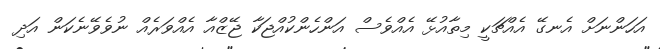
އަހަންނަށް އެނގޭ އެއްޗަކީ މިތާއުޅޭ އެއްވެސް އަންހެންކުއްޖަކާ ޖޭޒްއާ އެއްވަރެއް ނުވެވޭނެކަން އަދި